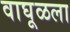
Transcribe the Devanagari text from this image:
वाघूळला